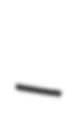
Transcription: –